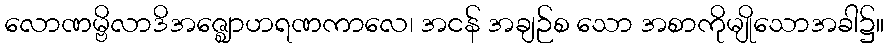
လောဏမ္ဗိလာဒိအဇ္ဈောဟရဏကာလေ၊ အငန် အချဉ်စ သော အစာကိုမျိုသောအခါ၌။